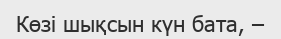
Көзi шықсын күн бата, –